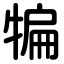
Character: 犏